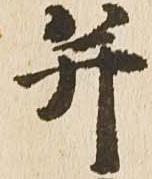
并